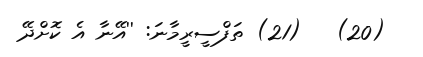
(20)   (21) ތަފްސީރީމާނަ: ''އޭނާ އެ ކޮށްދޭ